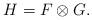
LaTeX: \begin{align*}H=F\otimes G.\end{align*}